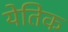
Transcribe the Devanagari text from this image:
येतिक